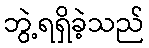
ဘွဲ့ရရှိခဲ့သည်